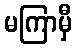
မကြာမှီ